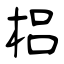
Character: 梠